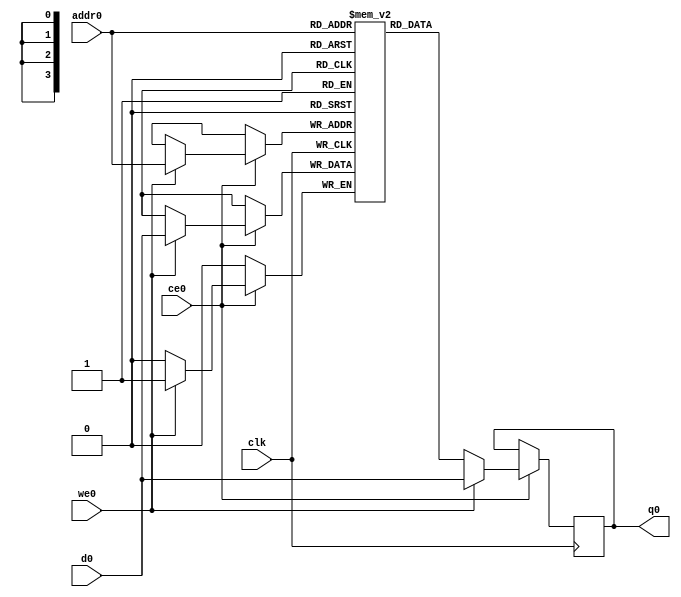
module nfa_accept_samples_generic_hw_result_ram (addr0, ce0, d0, we0, q0,  clk);

parameter DWIDTH = 1;
parameter AWIDTH = 4;
parameter MEM_SIZE = 16;

input[AWIDTH-1:0] addr0;
input ce0;
input[DWIDTH-1:0] d0;
input we0;
output reg[DWIDTH-1:0] q0;
input clk;

(* ram_style = "distributed" *)reg [DWIDTH-1:0] ram[MEM_SIZE-1:0];




always @(posedge clk)  
begin 
    if (ce0) 
    begin
        if (we0) 
        begin 
            ram[addr0] <= d0; 
            q0 <= d0;
        end 
        else 
            q0 <= ram[addr0];
    end
end


endmodule